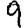
Digit: 9